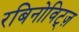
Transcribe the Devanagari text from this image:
रबिनोविट्ज़